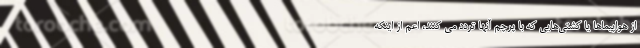
از هواپیماها یا کشتی‌هایی که با پرچم آنها تردد می کنند، اعم از اینکه